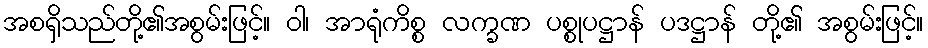
အစရှိသည်တို့၏အစွမ်းဖြင့်။ ဝါ၊ အာရုံကိစ္စ လက္ခဏ ပစ္စုပဋ္ဌာန် ပဒဋ္ဌာန် တို့၏ အစွမ်းဖြင့်။